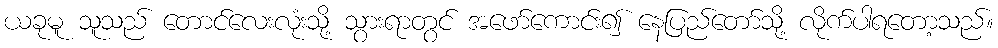
ယခုမူ သူသည် တောင်လေးလုံးသို့ သွားရာတွင် အဖော်ကောင်း၍ နေပြည်တော်သို့ လိုက်ပါရတော့သည်။